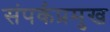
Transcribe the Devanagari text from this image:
संपर्कप्रमुख